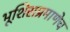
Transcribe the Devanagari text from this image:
भूशिराप्रमाणेच